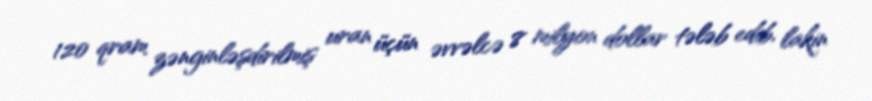
120 qram zənginləşdirilmiş uran üçün əvvəlcə 8 milyon dollar tələb edib, lakin